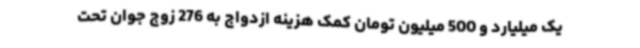
یک میلیارد و 500 میلیون تومان کمک هزینه ازدواج به 276 زوج جوان تحت